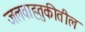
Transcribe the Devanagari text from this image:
जलवाहतुकीतील